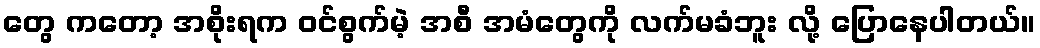
တွေ ကတော့ အစိုးရက ဝင်စွက်မဲ့ အစီ အမံတွေကို လက်မခံဘူး လို့ ပြောနေပါတယ်။